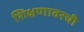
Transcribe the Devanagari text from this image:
शिक्षणावरची